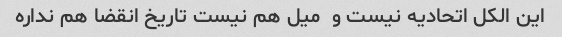
این الکل اتحادیه نیست و  میل هم نیست تاریخ انقضا هم نداره